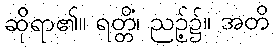
ဆိုရာ၏။ ရတ္တိံ၊ ညဉ့်၌။ အတိ